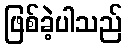
ဖြစ်ခဲ့ပါသည်